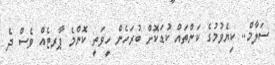
ސަލާމް.. ކިޔެވުމުގެ ކަންތައް ކުޑަކޮށް ބުރަހެން ހީވަތީ ކޮންމެ ޕާރޓެއް ވެސް ދެ